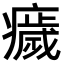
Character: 𤻀